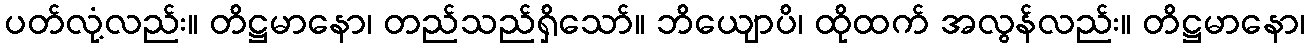
ပတ်လုံ့လည်း။ တိဋ္ဌမာနော၊ တည်သည်ရှိသော်။ ဘိယျောပိ၊ ထိုထက် အလွန်လည်း။ တိဋ္ဌမာနော၊